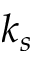
k _ { s }